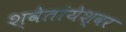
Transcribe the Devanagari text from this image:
श्वेतांयेश्वर